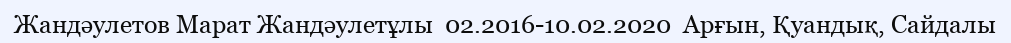
Жандәулетов Марат Жандәулетұлы  02.2016-10.02.2020  Арғын, Қуандық, Сайдалы